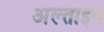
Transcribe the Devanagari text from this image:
अल्ताइन